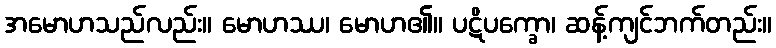
အမောဟသည်လည်း။ မောဟဿ၊ မောဟ၏။ ပဋိပက္ခော၊ ဆန့်ကျင်ဘက်တည်း။